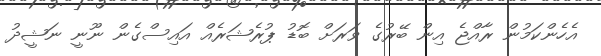
އެހެންކަމުން ރާއްޖެ އިން ބޭރުގެ ވަރަށް ބޮޑު ޕުރެޝަރެއް އައިސްގެން ނޫނީ ނަޝީދު